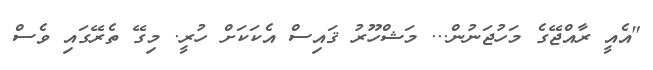
"އެއީ ރާއްޖޭގެ މަހުޖަނުން... މަޝްހޫރު ޤައިސް އެކަކަށް ހުރީ. މިގޭ ތެރޭގައި ވެސް